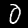
Label: 0